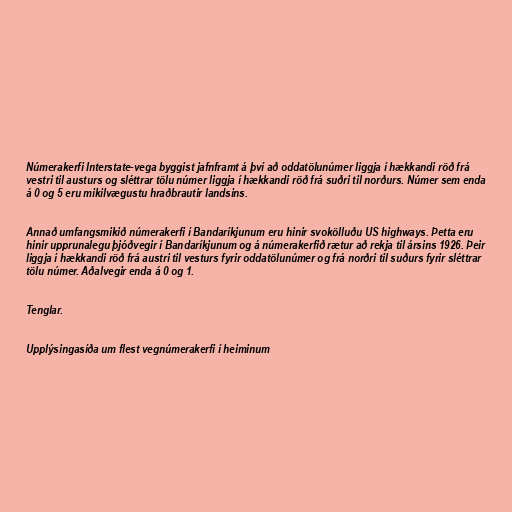
Númerakerfi Interstate-vega byggist jafnframt á því að oddatölunúmer liggja í hækkandi röð frá
vestri til austurs og sléttrar tölu númer liggja í hækkandi röð frá suðri til norðurs. Númer sem enda
á 0 og 5 eru mikilvægustu hraðbrautir landsins.

Annað umfangsmikið númerakerfi í Bandaríkjunum eru hinir svokölluðu US highways. Þetta eru
hinir upprunalegu þjóðvegir í Bandaríkjunum og á númerakerfið rætur að rekja til ársins 1926. Þeir
liggja í hækkandi röð frá austri til vesturs fyrir oddatölunúmer og frá norðri til suðurs fyrir sléttrar
tölu númer. Aðalvegir enda á 0 og 1.

Tenglar.

Upplýsingasíða um flest vegnúmerakerfi í heiminum